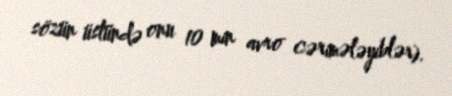
sözün üstündə onu 10 min avro cərimələyiblər).